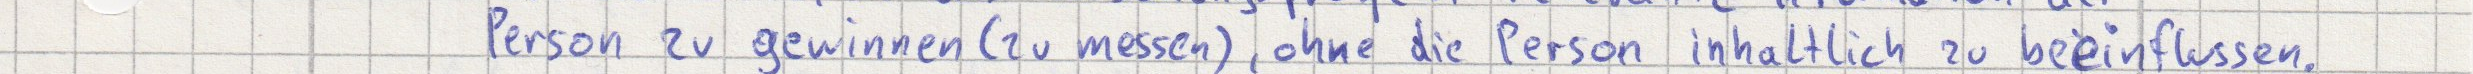
Person zu gewinnen (zu messen), ohne die Person inhaltlich zu beeinflussen.